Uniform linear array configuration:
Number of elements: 48
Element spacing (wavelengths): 0.25
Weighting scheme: blackman
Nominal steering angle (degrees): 45
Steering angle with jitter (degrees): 45.827
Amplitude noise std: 0.05
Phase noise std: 0.05

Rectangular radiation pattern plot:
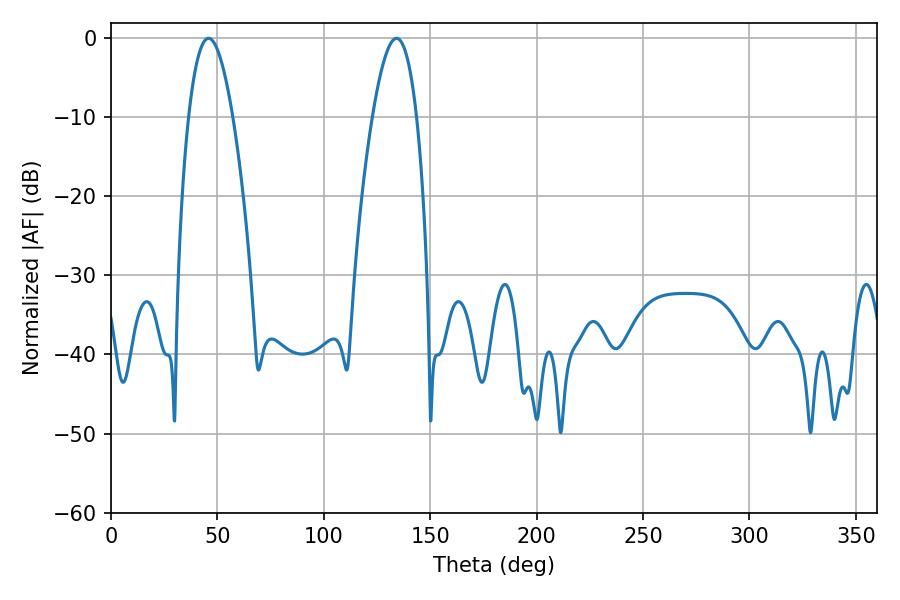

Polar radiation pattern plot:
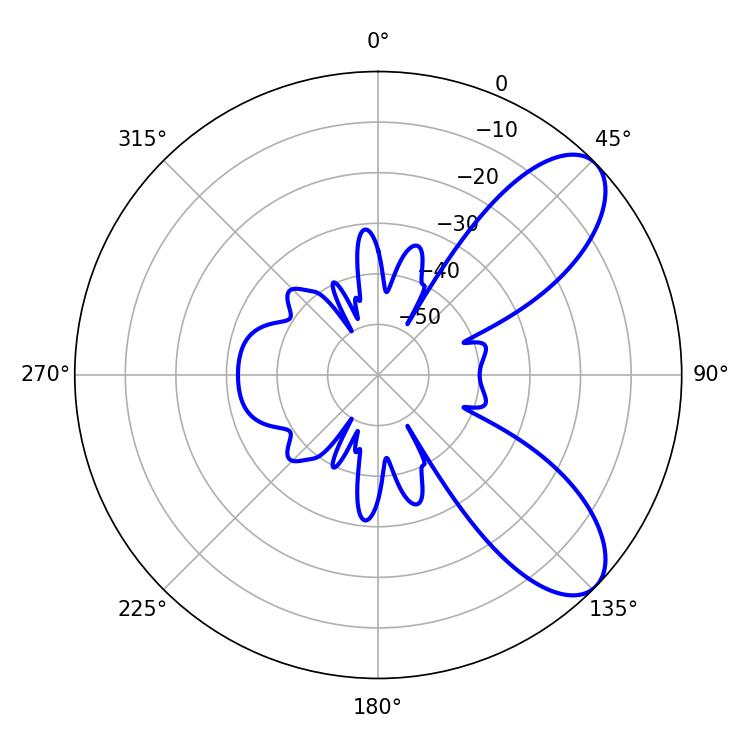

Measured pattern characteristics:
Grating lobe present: FALSE
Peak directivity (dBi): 8.126
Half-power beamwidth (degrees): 11.34
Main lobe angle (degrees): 45.9